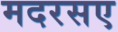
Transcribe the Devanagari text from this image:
मदरसए